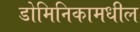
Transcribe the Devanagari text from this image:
डोमिनिकामधील